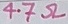
Text: 4.7Ω